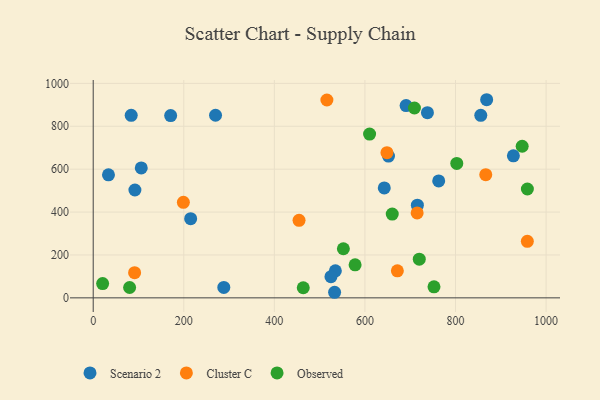
{"axis": {"x": "Study Hours", "y": "Exam Score"}, "legend": ["Cluster C", "Observed", "Scenario 2"], "data": [{"x": "534.7", "y": 126.1, "type": "Scenario 2"}, {"x": "106.1", "y": 605.8, "type": "Scenario 2"}, {"x": "927.8", "y": 662.1, "type": "Scenario 2"}, {"x": "270.1", "y": 851.6, "type": "Scenario 2"}, {"x": "715.8", "y": 432.2, "type": "Scenario 2"}, {"x": "855.8", "y": 851.1, "type": "Scenario 2"}, {"x": "652.0", "y": 661.1, "type": "Scenario 2"}, {"x": "33.7", "y": 573.6, "type": "Scenario 2"}, {"x": "762.9", "y": 545.4, "type": "Scenario 2"}, {"x": "738.0", "y": 863.4, "type": "Scenario 2"}, {"x": "171.0", "y": 850.1, "type": "Scenario 2"}, {"x": "690.9", "y": 896.6, "type": "Scenario 2"}, {"x": "642.7", "y": 512.7, "type": "Scenario 2"}, {"x": "83.9", "y": 851.0, "type": "Scenario 2"}, {"x": "215.2", "y": 369.1, "type": "Scenario 2"}, {"x": "288.4", "y": 48.8, "type": "Scenario 2"}, {"x": "868.8", "y": 923.9, "type": "Scenario 2"}, {"x": "92.1", "y": 503.0, "type": "Scenario 2"}, {"x": "533.0", "y": 26.0, "type": "Scenario 2"}, {"x": "525.0", "y": 98.8, "type": "Scenario 2"}, {"x": "516.0", "y": 922.6, "type": "Cluster C"}, {"x": "958.6", "y": 263.6, "type": "Cluster C"}, {"x": "866.8", "y": 574.4, "type": "Cluster C"}, {"x": "199.1", "y": 445.4, "type": "Cluster C"}, {"x": "715.3", "y": 396.2, "type": "Cluster C"}, {"x": "671.6", "y": 125.9, "type": "Cluster C"}, {"x": "648.6", "y": 677.2, "type": "Cluster C"}, {"x": "91.4", "y": 117.2, "type": "Cluster C"}, {"x": "454.5", "y": 361.7, "type": "Cluster C"}, {"x": "610.3", "y": 763.9, "type": "Observed"}, {"x": "720.0", "y": 180.3, "type": "Observed"}, {"x": "578.3", "y": 154.0, "type": "Observed"}, {"x": "947.2", "y": 706.9, "type": "Observed"}, {"x": "958.7", "y": 507.5, "type": "Observed"}, {"x": "802.8", "y": 627.0, "type": "Observed"}, {"x": "552.4", "y": 229.0, "type": "Observed"}, {"x": "20.8", "y": 66.7, "type": "Observed"}, {"x": "463.8", "y": 47.1, "type": "Observed"}, {"x": "80.4", "y": 48.3, "type": "Observed"}, {"x": "709.3", "y": 885.4, "type": "Observed"}, {"x": "660.3", "y": 390.5, "type": "Observed"}, {"x": "752.5", "y": 51.4, "type": "Observed"}]}